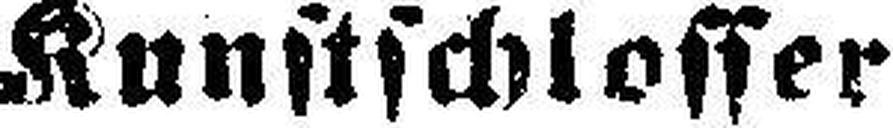
Kunstschlosser